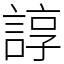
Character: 諄